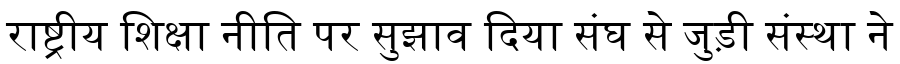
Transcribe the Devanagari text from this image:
राष्ट्रीय शिक्षा नीति पर सुझाव दिया संघ से जुड़ी संस्था ने